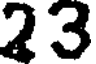
23